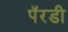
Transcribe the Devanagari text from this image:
पॅरडी